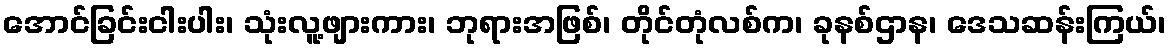
အောင်ခြင်းငါးပါး၊ သုံးလူ့ဖျားကား၊ ဘုရားအဖြစ်၊ တိုင်တုံလစ်က၊ ခုနစ်ဌာန၊ ဒေသဆန်းကြယ်၊